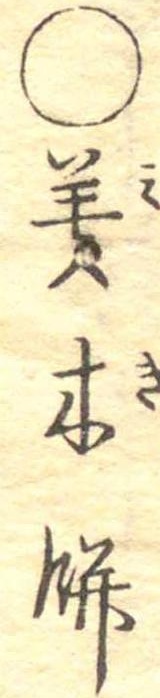
○美木餅